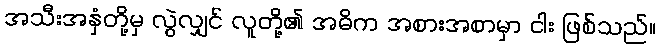
အသီးအနှံတို့မှ လွဲလျှင် လူတို့၏ အဓိက အစားအစာမှာ ငါး ဖြစ်သည်။